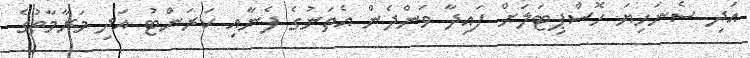
އަދި ސެނަހިޔަ ހޮސްޕިޓަލަށް ފައިދާ ވަންދެން އެތަނުގެ ފެނާއި ކަރަންޓު އަދި މަރާމާތުގެ